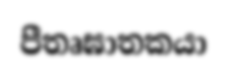
පීතෘඝාතකයා